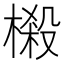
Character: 樧